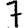
Digit: 7